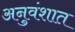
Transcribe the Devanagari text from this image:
अनुवंशात